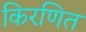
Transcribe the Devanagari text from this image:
किरणित